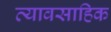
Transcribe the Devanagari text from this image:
व्यावसाहिक